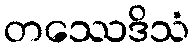
တဿေဒိသံ